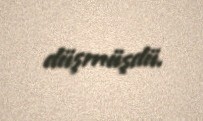
düşmüşdü.